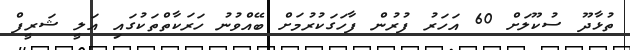
ތުޅާދޫ ސުކޫލަށް 60 އަހަރު ފުރުން ފާހަގަކުރުމަށް ބޭއްވުނު ހަރަކާތްތަކުގައި އަލީ ޝަރީފް